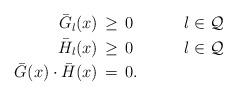
LaTeX: \begin{align*}\begin{aligned}\bar G_l(x)&\,\geq\, 0&\qquad&l\in\mathcal Q&\\\bar H_l(x)&\,\geq\, 0&&l\in\mathcal Q&\\\bar G(x)\cdot \bar H(x)&\,=\,0.&&&\end{aligned}\end{align*}